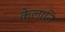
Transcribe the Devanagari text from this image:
केलानि